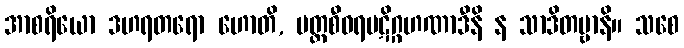
အာစရိယော ဒဟရတရော ဟောတိ, ပတ္တစီဝရပဋိဂ္ဂဟဏာဒီနိ န သာဒိတဗ္ဗာနိ။ သစေ